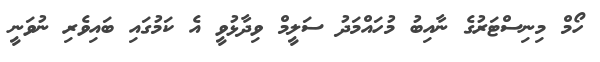
ހޯމް މިނިސްޓަރުގެ ނާއިބު މުހައްމަދު ސަލީމް ވިދާޅުވީ އެ ކަމުގައި ބައިވެރި ނުވަނީ